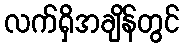
လက်ရှိအချိန်တွင်